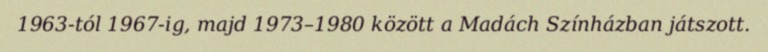
1963-tól 1967-ig, majd 1973–1980 között a Madách Színházban játszott.